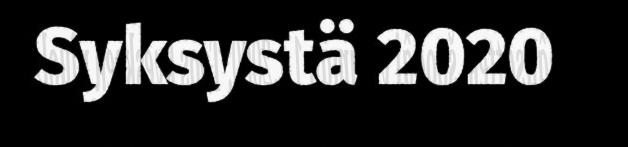
Syksystä 2020